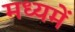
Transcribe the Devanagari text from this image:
मध्यमें